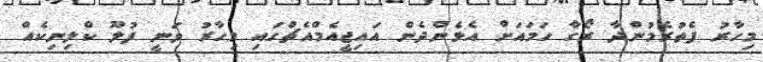
މިހާރު ފެތުރެމުންދާ ރޯގާ ހަމައަށް އެޅެންދެން އައިޖީއެމްއެޗްގައި މިހާރު ވަނީ ފުލޫ ކްލިނިކެއް